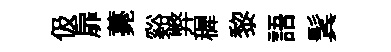
伋扉薧谿弊穉黎語鬂